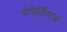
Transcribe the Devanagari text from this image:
प्रोपेर्तिएज़